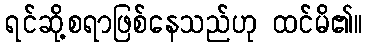
ရင်ဆို့စရာဖြစ်နေသည်ဟု ထင်မိ၏။